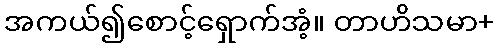
အကယ်၍စောင့်ရှောက်အံ့။ တာဟိသမာ+